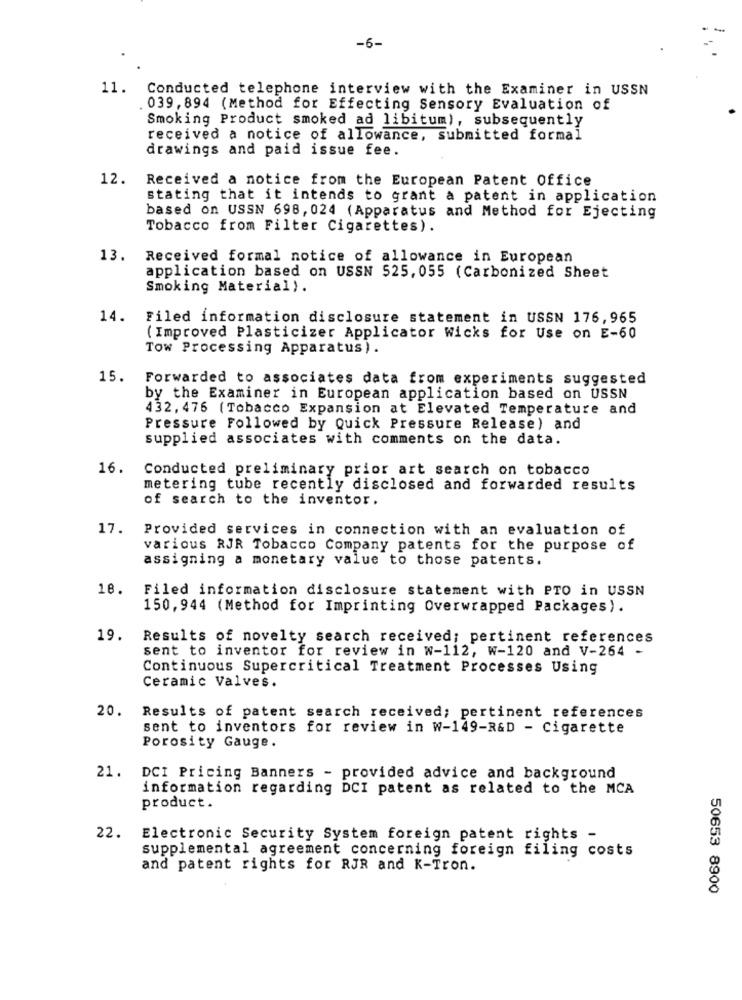
-6-
11.
Conducted telephone interview with the Examiner in USSN
039, 894 (Method for Effecting Sensory Evaluation of
Smoking Product smoked ad libitum), subsequently
received a notice of allowance, submitted formal
drawings and paid issue fee.
12.
Received a notice from the European Patent Office
stating that it intends to grant a patent in application
based on USSN 698, 024 (Apparatus and Method for Ejecting
Tobacco from Filter Cigarettes).
13. Received formal notice of allowance in European
application based on USSN 525, 055 (Carbonized Sheet
Smoking Material).
14.
Filed information disclosure statement in USSN 176,965
(Improved Plasticizer Applicator Wicks for Use on E-60
Tow Processing Apparatus).
15.
Forwarded to associates data from experiments suggested
by the Examiner in European application based on USSN
432, 476 ( Tobacco Expansion at Elevated Temperature and
Pressure Followed by Quick Pressure Release) and
supplied associates with comments on the data.
16.
Conducted preliminary prior art search on tobacco
metering tube recently disclosed and forwarded results
of search to the inventor.
17.
Provided services in connection with an evaluation of
various RJR Tobacco Company patents for the purpose of
assigning a monetary value to those patents.
18.
Filed information disclosure statement with PTO in USSN
150, 944 (Method for Imprinting Overwrapped Packages).
19.
Results of novelty search received; pertinent references
sent to inventor for review in w-112, W-120 and V-264 -
Continuous Supercritical Treatment Processes Using
Ceramic Valves.
20.
Results of patent search received; pertinent references
sent to inventors for review in W-149-R&D - Cigarette
Porosity Gauge.
21.
DCI Pricing Banners - provided advice and background
information regarding DCI patent as related to the MCA
product.
22. Electronic Security System foreign patent rights -
supplemental agreement concerning foreign filing costs
and patent rights for RJR and K-Tron.
50653 8900